Civil Veterinary Dept. Bombay admin report 1932-41 - 1932-1941
Year: 1932
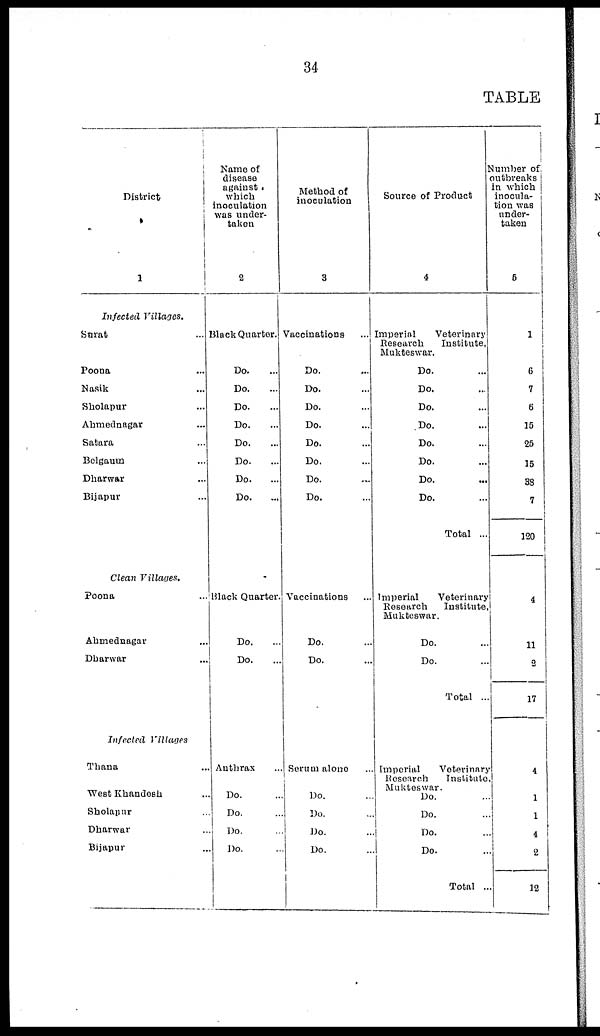
34
TABLE
District
1
Infected Villages.
Surat ...
Poona ...
Nasik ...
Sholapur ...
Ahmednagar ...
Satara ...
Belgaum ...
Dharwar ...
Bijapur ...
Clean Villages.
Poona ...
Ahmednagar ...
Dharwar ...
Infected Villages
Thana ...
West Khandesh ...
Sholapur ...
Dharwar ...
Bijapur ...
Name of
disease
against
which
inoculation
was under-
taken
2
Black Quarter.
Do. ...
Do. ...
Do. ...
Do. ...
Do. ...
Do. ...
Do. ...
Do. ...
Black Quarter.
Do. ...
Do. ...
Anthrax ...
Do. ...
Do. ...
Do. ...
Do. ...
Method of
inoculation
3
Vaccinations ...
Do. ...
Do. ...
Do. ...
Do. ...
Do. ...
Do. ...
Do. ...
Do. ...
Vaccinations ...
Do. ...
Do. ...
Serum alone ...
Do. ...
Do. ...
Do. ...
Do. ...
Source of Product
4
Imperial
Veterinary
Research
Institute,
Mukteswar.
Do. ...
Do. ...
Do. ...
Do. ...
Do. ...
Do. ...
Do.
...
Do. ...
Total ...
Imperial
Veterinary
Research
Institute,
Mukteswar.
Do. ...
Do. ...
Total ...
Imperial
Veterinary
Research Institute,
Mukteswar. Do. ...
Do. ...
Do. ...
Do. ...
Total ...
Number of
outbreaks
in which
inocula-
tion was
under-
taken
5
1
6
7
6
15
25
15
38
7
120
4
11
2
17
4
1
1
4
2
12